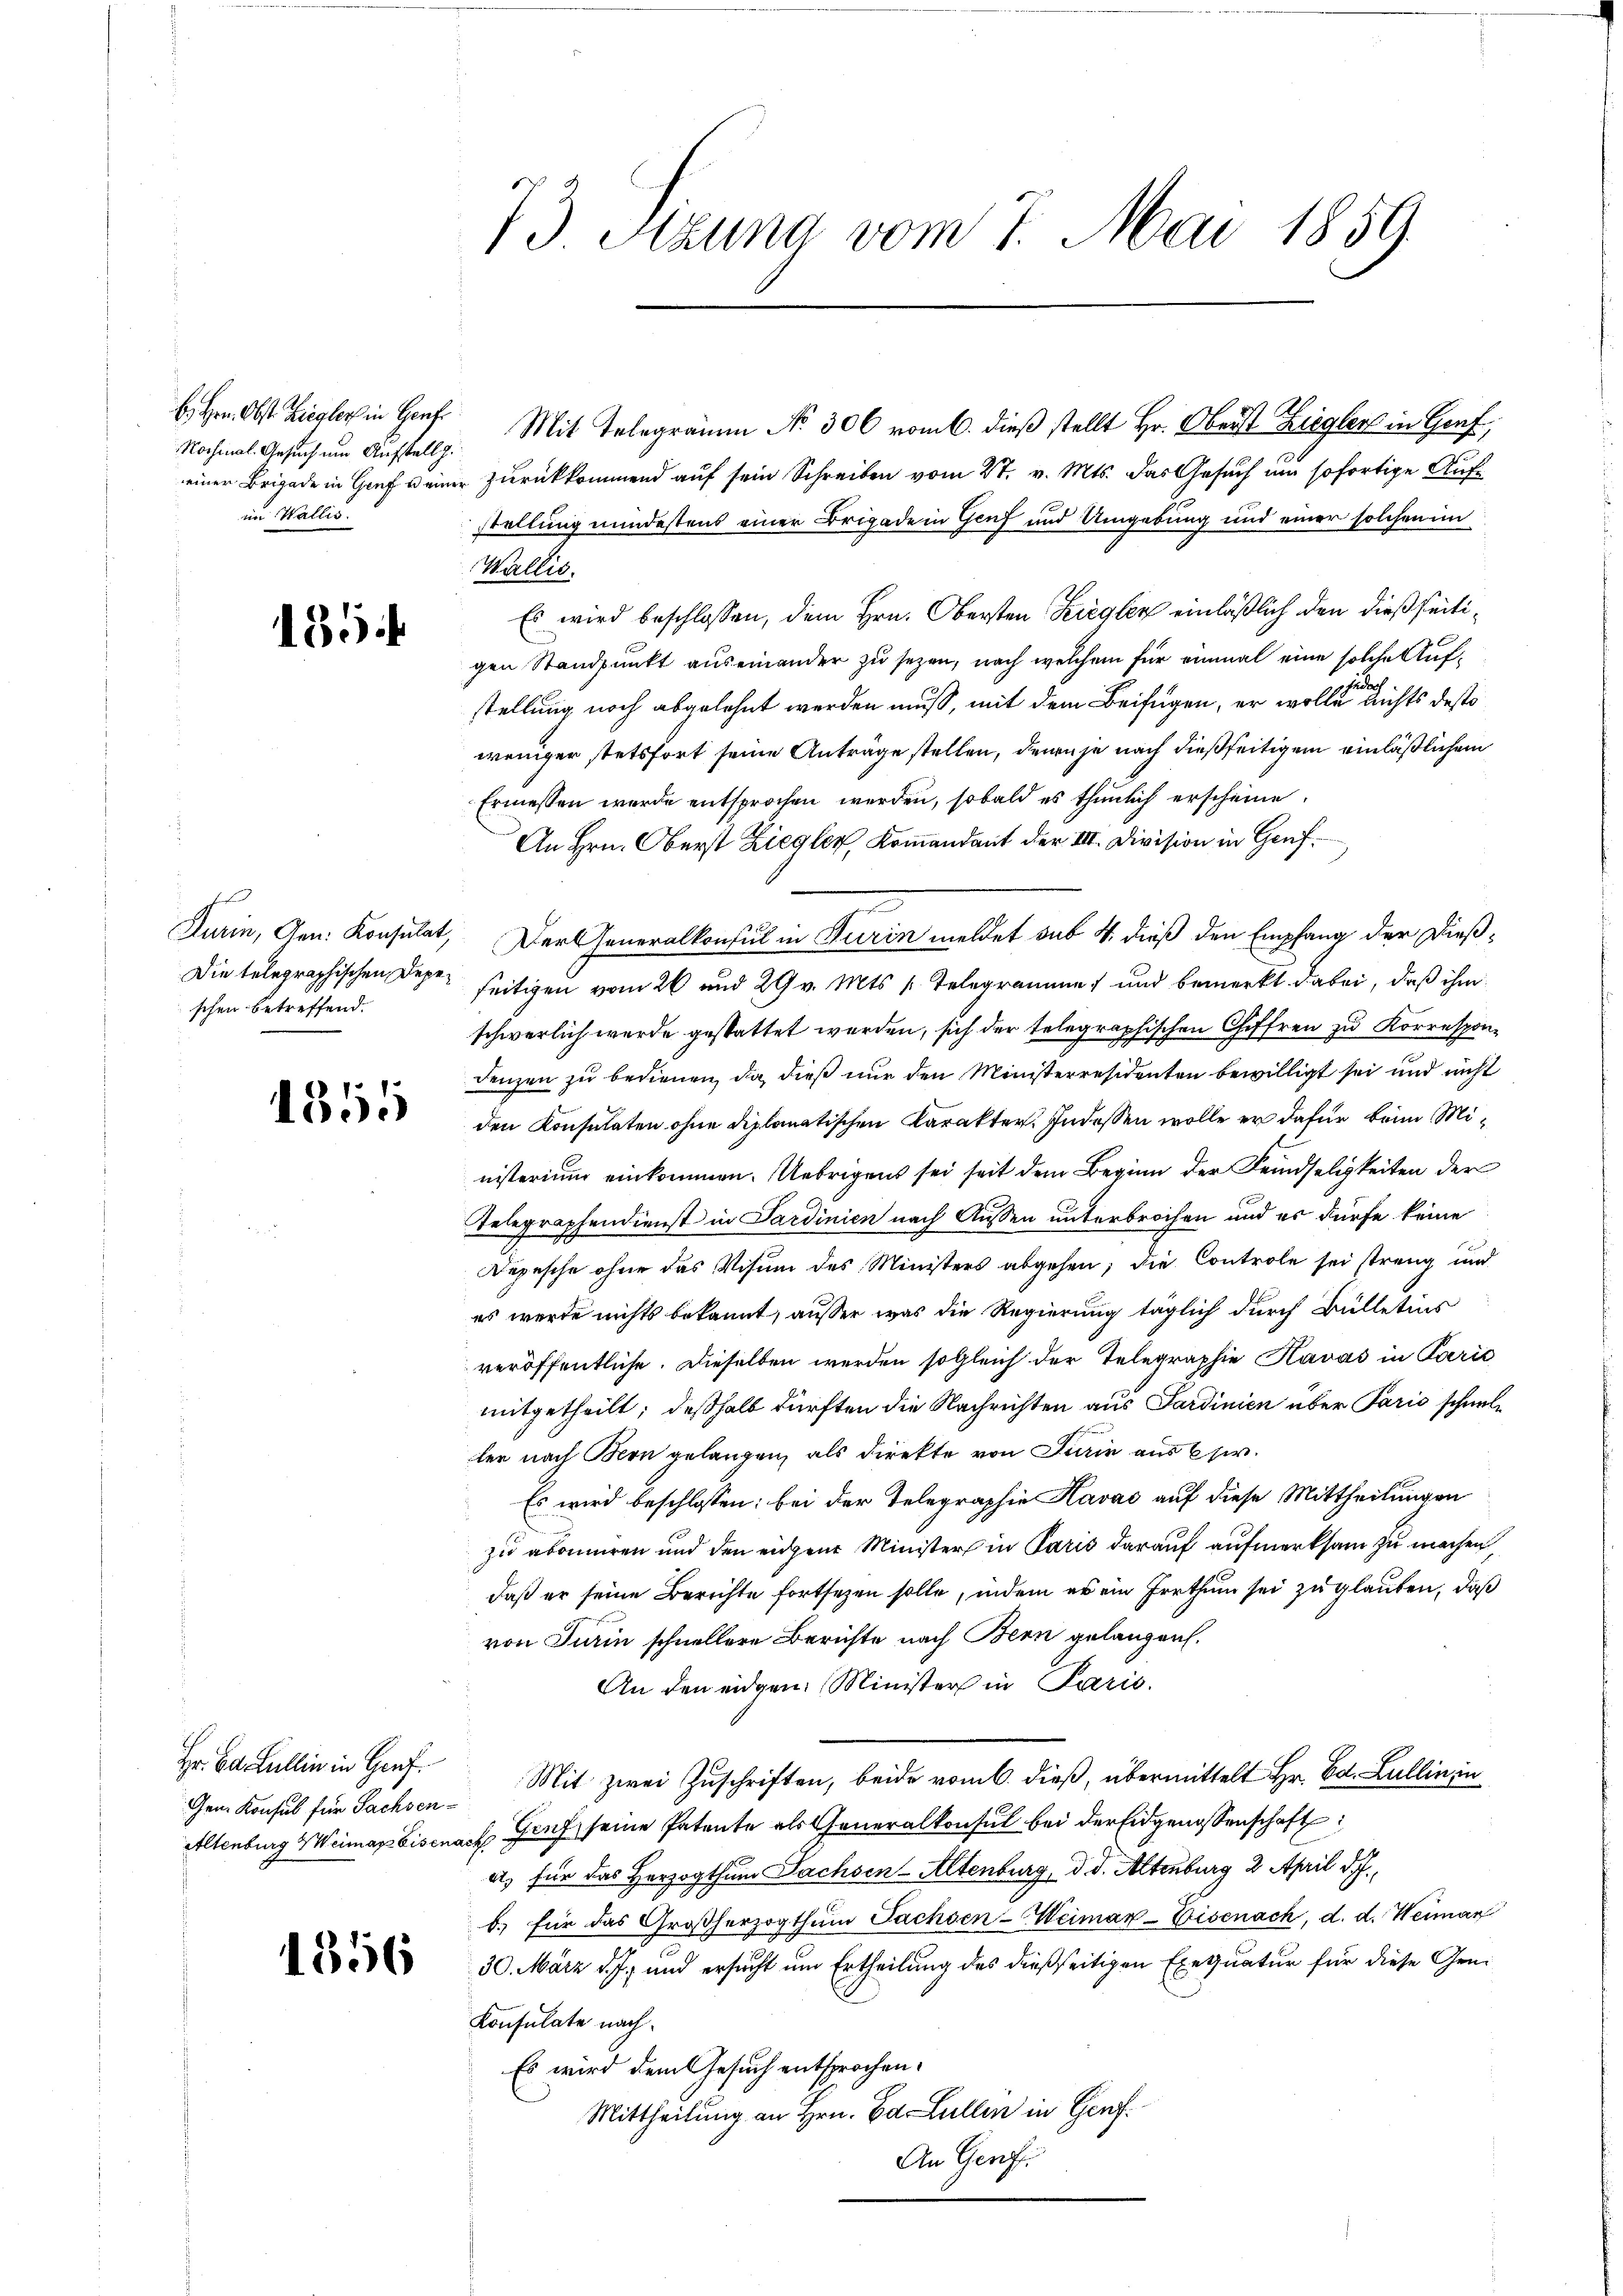
Nochmal. Gesuch um Aufstellg.
im Wallis.

154

Eferd
schen betreffend.

1355

Hr. Bd. Lullin in Genf.
Gem. Konsul für Sachsen¬

1356

bhen Obst Ziegler in Hof Mit Telegramm No. 306 vom 6. dieß stellt Hr. Oberst Ziegler in Genf;
einer Brigade in Graf einer Zurückkommend auf sein Schreiben vom 27. v. Mts. das Gesuch um sofortige Aufstellung mindestens einer Brigade in Genf und Umgebung und einer solchen im
Wallis.
Es wird beschlossen, dem Hrn. Obersten Ziegler einläßlich den dießseitigen Standpunkt auseinander zu sezen, nach welchem für einmal eine solche Aufjedoch
stellung noch abgelehnt werden muß, mit dem Beifügen, er wolle nichts desto
weniger stetsfort seine Anträge stellen, denn je nach dießseitigem einläßlichem
Ermessen werde entsprochen werden, sobald es thunlich erscheine.
An Hrn. Oberst Ziegler, Kommandant der III. Division in Genf
Durin, Arn. Konsulat, Der Generalkonsul in Turin meldet sub 4 dieß den Empfang der Dieß¬
Die telegraphischen Depe seitigen vom 26 und 29 v. Mts. s. Telegrammen und bemerkt dabei, daß ihm
schwerlich wurde gestattet werden, sich der telegraphischen Chiffren zu Korrespondenzen zu bedienen, da, dieß nur den Ministerresidenten bewilligt sei und nicht
den Konsulaten ohne diplomatischen Karakter. Indessen wolle er dafür beim Ministerium einkommen. Uebrigens sei seit dem Beginn der Feindseligkeiten der
Telegraphendienst in Sardinien nach Aussen unterbrochen und es dürfe keine
Depesche ohne das Visum des Ministers abgehen; die Controle sei streng und
es werde nichts bekannt, ausser was die Regierung täglich durch Bülletins
veröffentliche. Dieselben werden sogleich der Telegraphie Kavas in Parić
mitgetheilt; deßhalb dürften die Nachrichten aus Sardinien über Paris schnellen nach Bern gelangen, als direkte von Turin aus 6 s.
Es wird beschlossen: bei der Telegraphie Havac auf diese Mittheilungen
zu abonniren und den eidgene Minister in Paris darauf aufmerksam zu machen,
daß er seine Berichte fortsezen solle, indem er ein Irrthum sei zu glauben, daß
von Turin schnellere Berichte nach Bern gelangen.
An den eidgen. Minister in Paris.
Mit zwei Zuschriften, beide vom 6. dieß, übermittelt Hr. Ed. Lullin in
Altenburg Weimar Eisenach Genf seine Patente als Generalkonsul bei der Eidgenossenschaft
a, für das Herzogthum Dachsen-Altenburg, d. d. Altenburg 2 April d. J.,
b.) für das Großherzogthum Sachsen-Weimar-Eisenach, d. d. Weiman
30. März d. J., und ersucht um Ertheilung des dießseitigen Exequatur für diese Gene
Konsulate nach
Es wird dem Gesuch entsprochen.
Mittheilung an Hrn. Ed. Lullen in Genf.
An Geri

3 Sitzung vom 7. Mai 1859